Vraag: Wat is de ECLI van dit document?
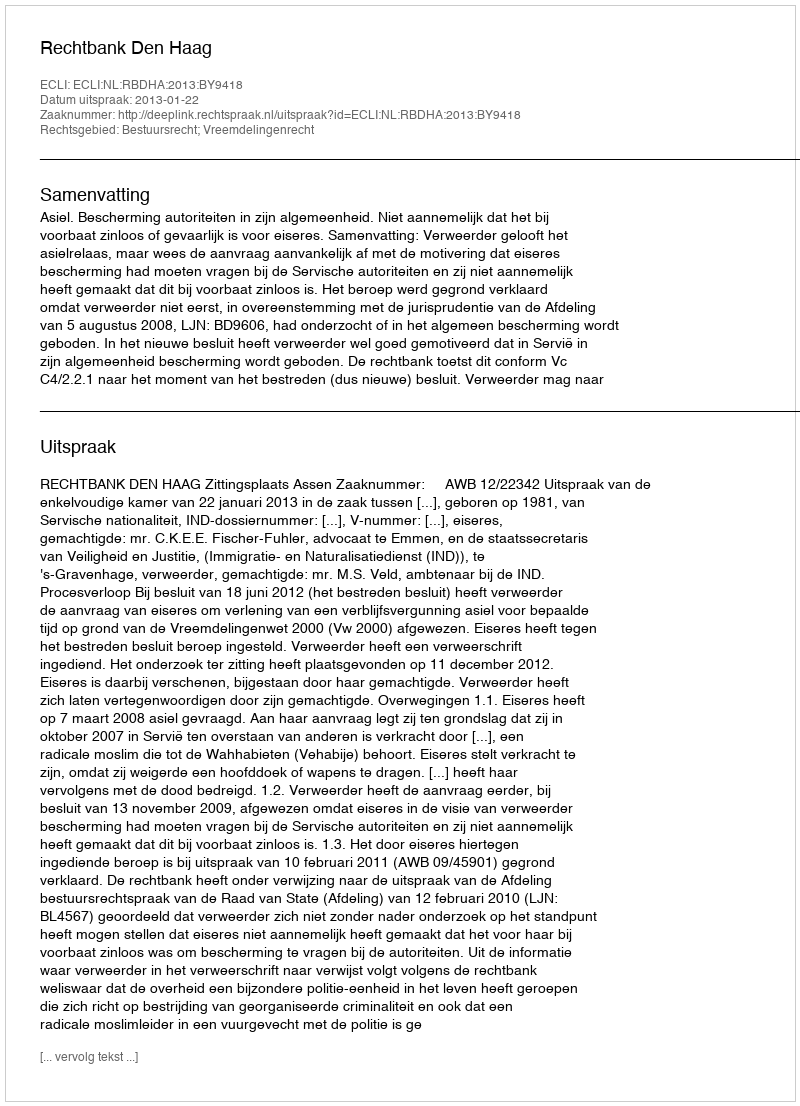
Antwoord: ECLI:NL:RBDHA:2013:BY9418